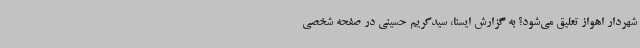
شهردار اهواز تعلیق می‌شود؟ به گزارش ایسنا، سیدکریم حسینی در صفحه شخصی